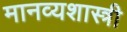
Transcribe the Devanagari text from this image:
मानव्यशास्त्री